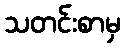
သတင်းစာမှ